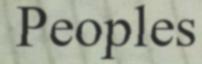
Peoples